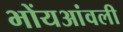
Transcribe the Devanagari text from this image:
भोंयआंवली